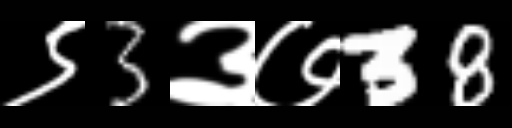
Text: ९3३७38